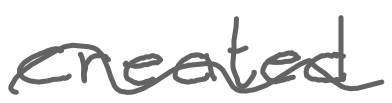
Text: created
Cross-out: wave
Writing tool: digital_gray